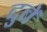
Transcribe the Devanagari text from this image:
दुबें